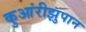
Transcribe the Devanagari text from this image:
कुआंरीझुपान